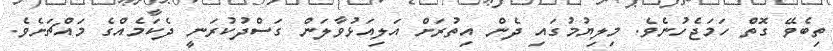
ތިބެވޭ ގޮތް ހަމަޖެހުނެވެ. މިލިޔުމުގައި ދެން އިތުރަށް އަލިއަޅުވާލަން ގަސްދުކުރަނީ ދެކަމެއްގެ މައްޗަށެވެ.